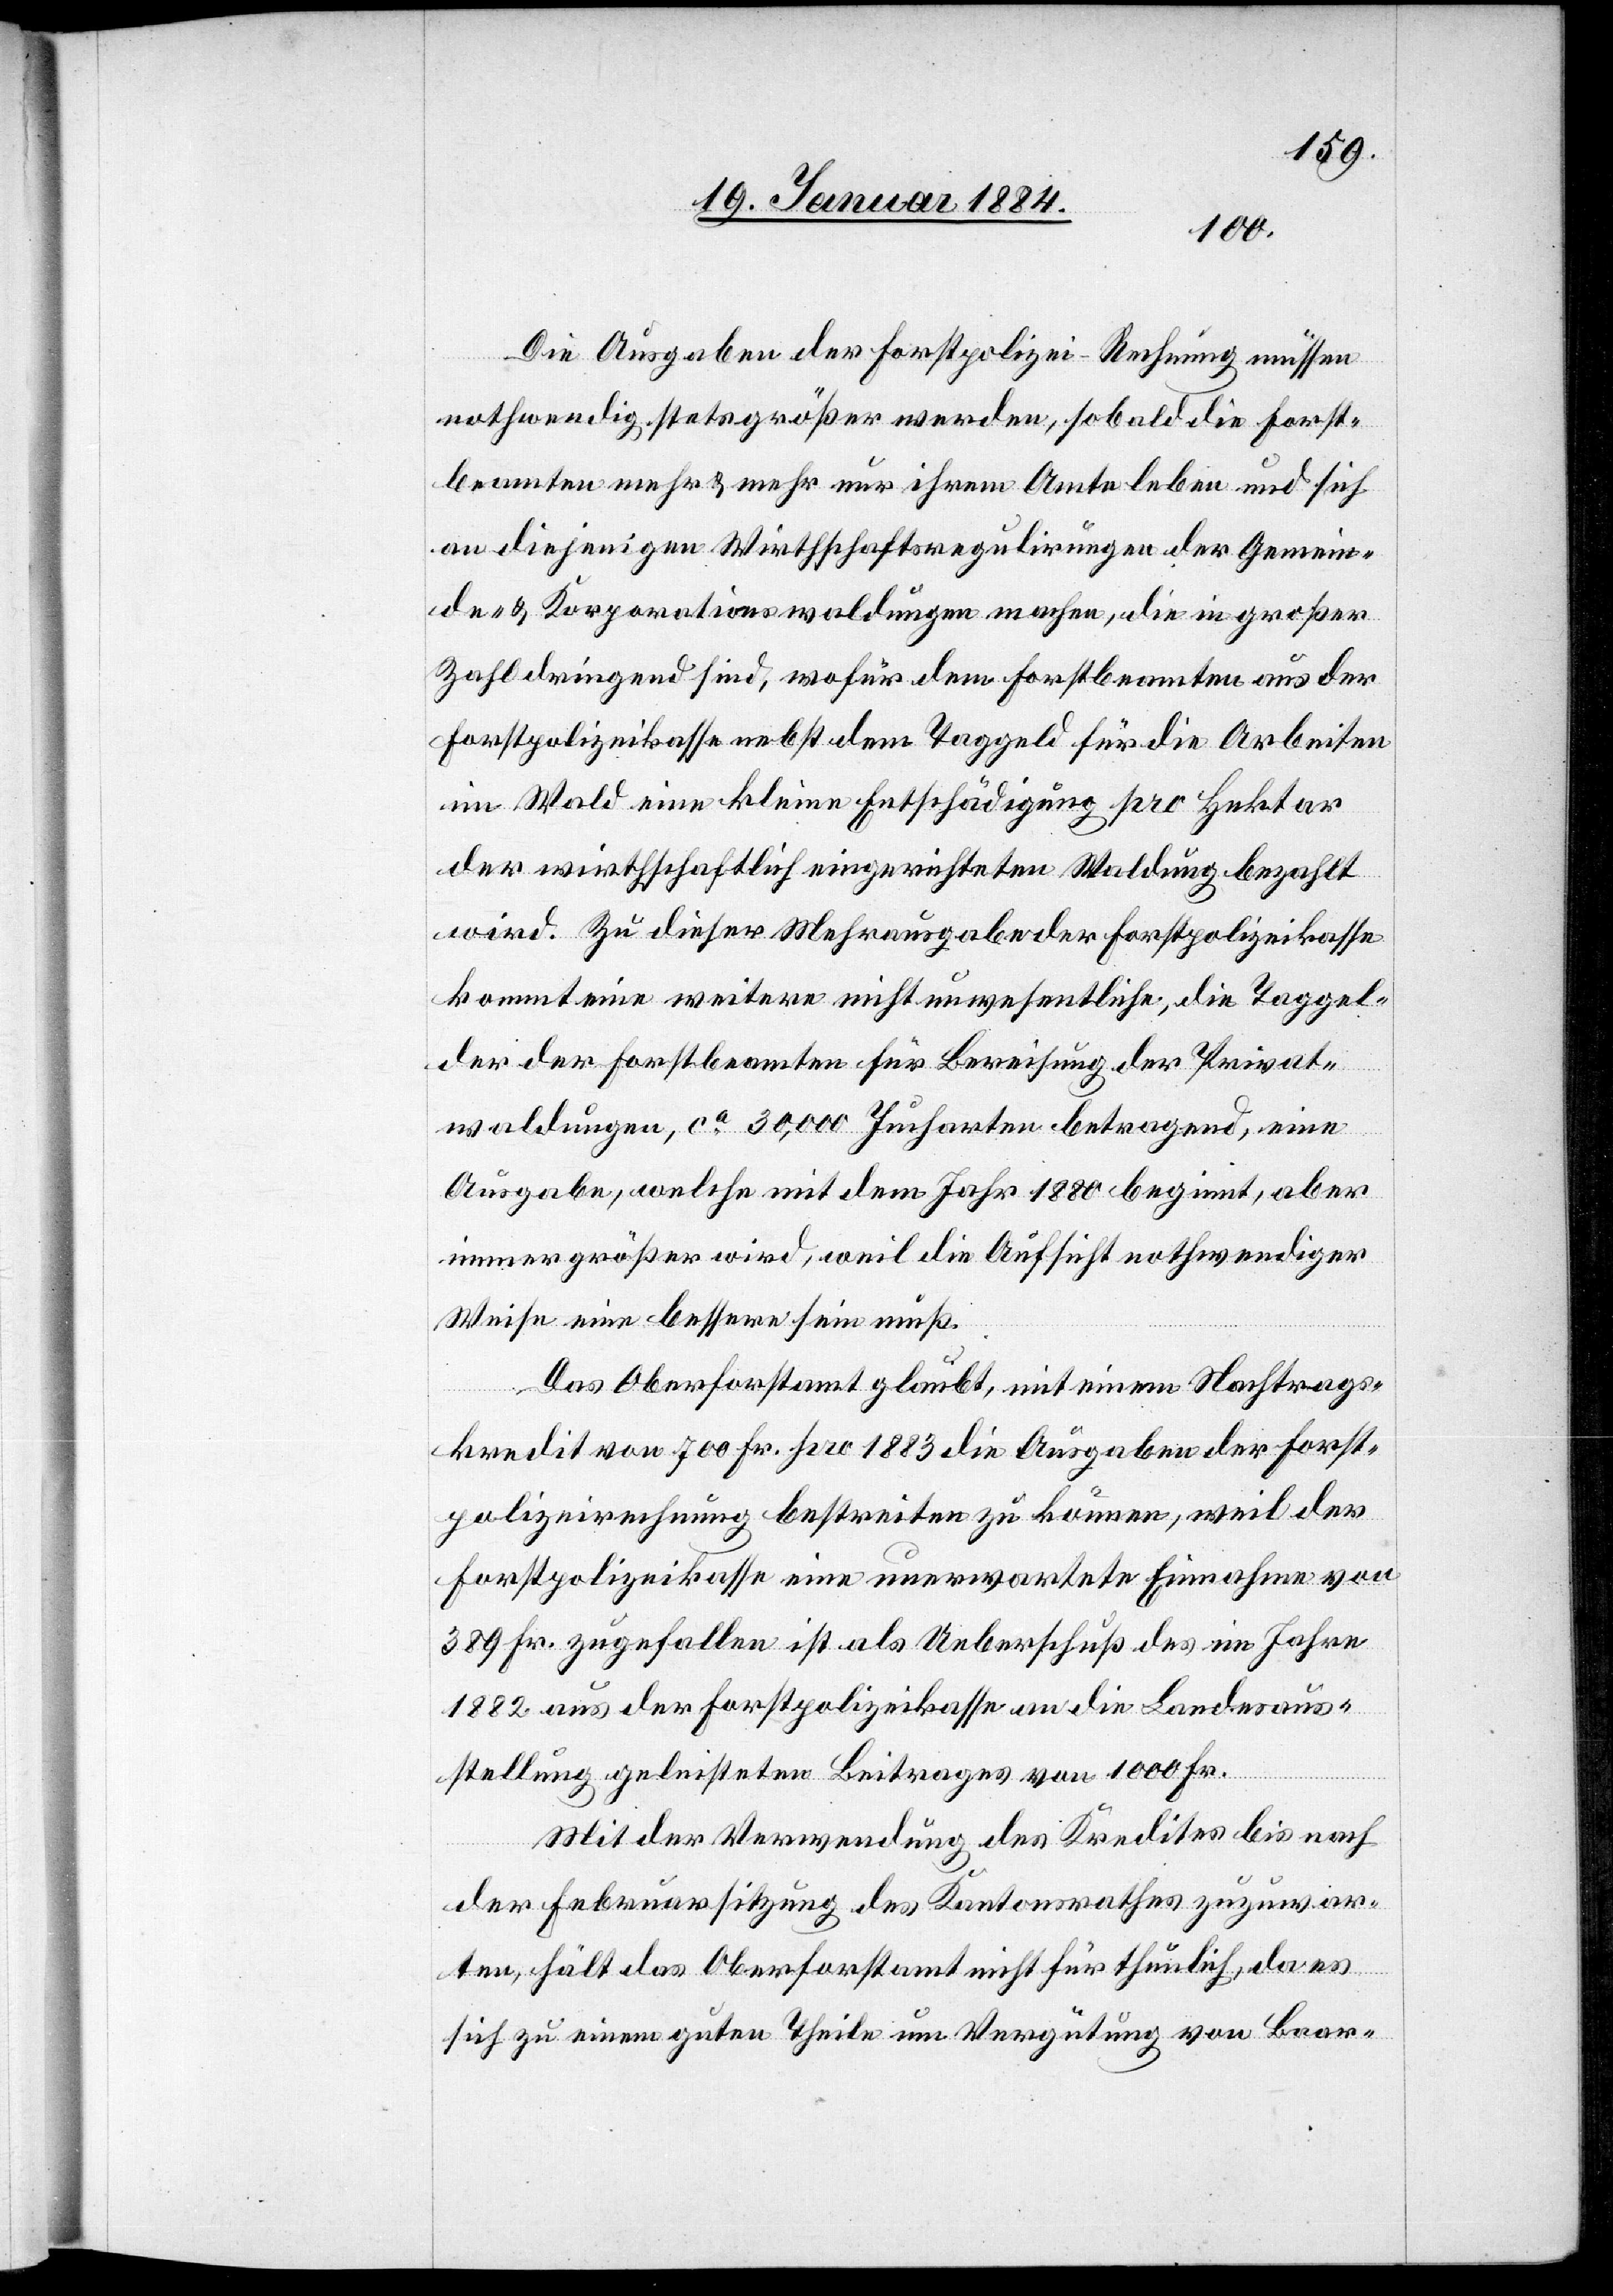
Die Ausgaben der Forstpolizei-Rechnung müssen
nothwendig stets größer werden, sobald die Forst¬
beamten mehr & mehr nur ihrem Amteleben und sich
an diejenigen Wirthschaftsregulirungen der Gemein¬
de- & Korporationswaldungen machen, die in großer
Zahl dringend sind, wofür dem Forstbeamten aus der
Forstpolizeikasse nebst dem Taggeld für die Arbeiten
im Wald eine kleine Entschädigung pro Hektar
der wirthschaftlich eingerichteten Waldung bezahlt
wird. Zu diesen Mehrausgaben der Forstpolizeikasse
kommt eine weitere nicht unwesentliche, die Taggel¬
der der Forstbeamten für Bereisung der Privat¬
waldungen, ca 30,000 Jucharten betragend, eine
Ausgabe, welche mit dem Jahr 1880 beginnt, aber
immer größer wird, weil die Aufsicht nothwendiger
Weise eine bessere sein muß.
Das Oberforstamt glaubt, mit einem Nachtrags¬
kredit von 700 Fr. pro 1883 die Ausgaben der Forst¬
polizeirechnung bestreiten zu können, weil der
Forstpolizeikasse eine unerwartete Einnahme von
389 Fr. zugefallen ist als Ueberschuß des im Jahre
1882 aus der Forstpolizeikasse an die Landesaus¬
stellung geleisteten Beitrages von 1000 Fr.
Mit der Verwendung des Kredites bis nach
der Februarsitzung des Kantonsrathes zuzuwar¬
ten, hält das Oberforstamt nicht für thunlich, da es
sich zu einem guten Theile um Vergütung von Baar-